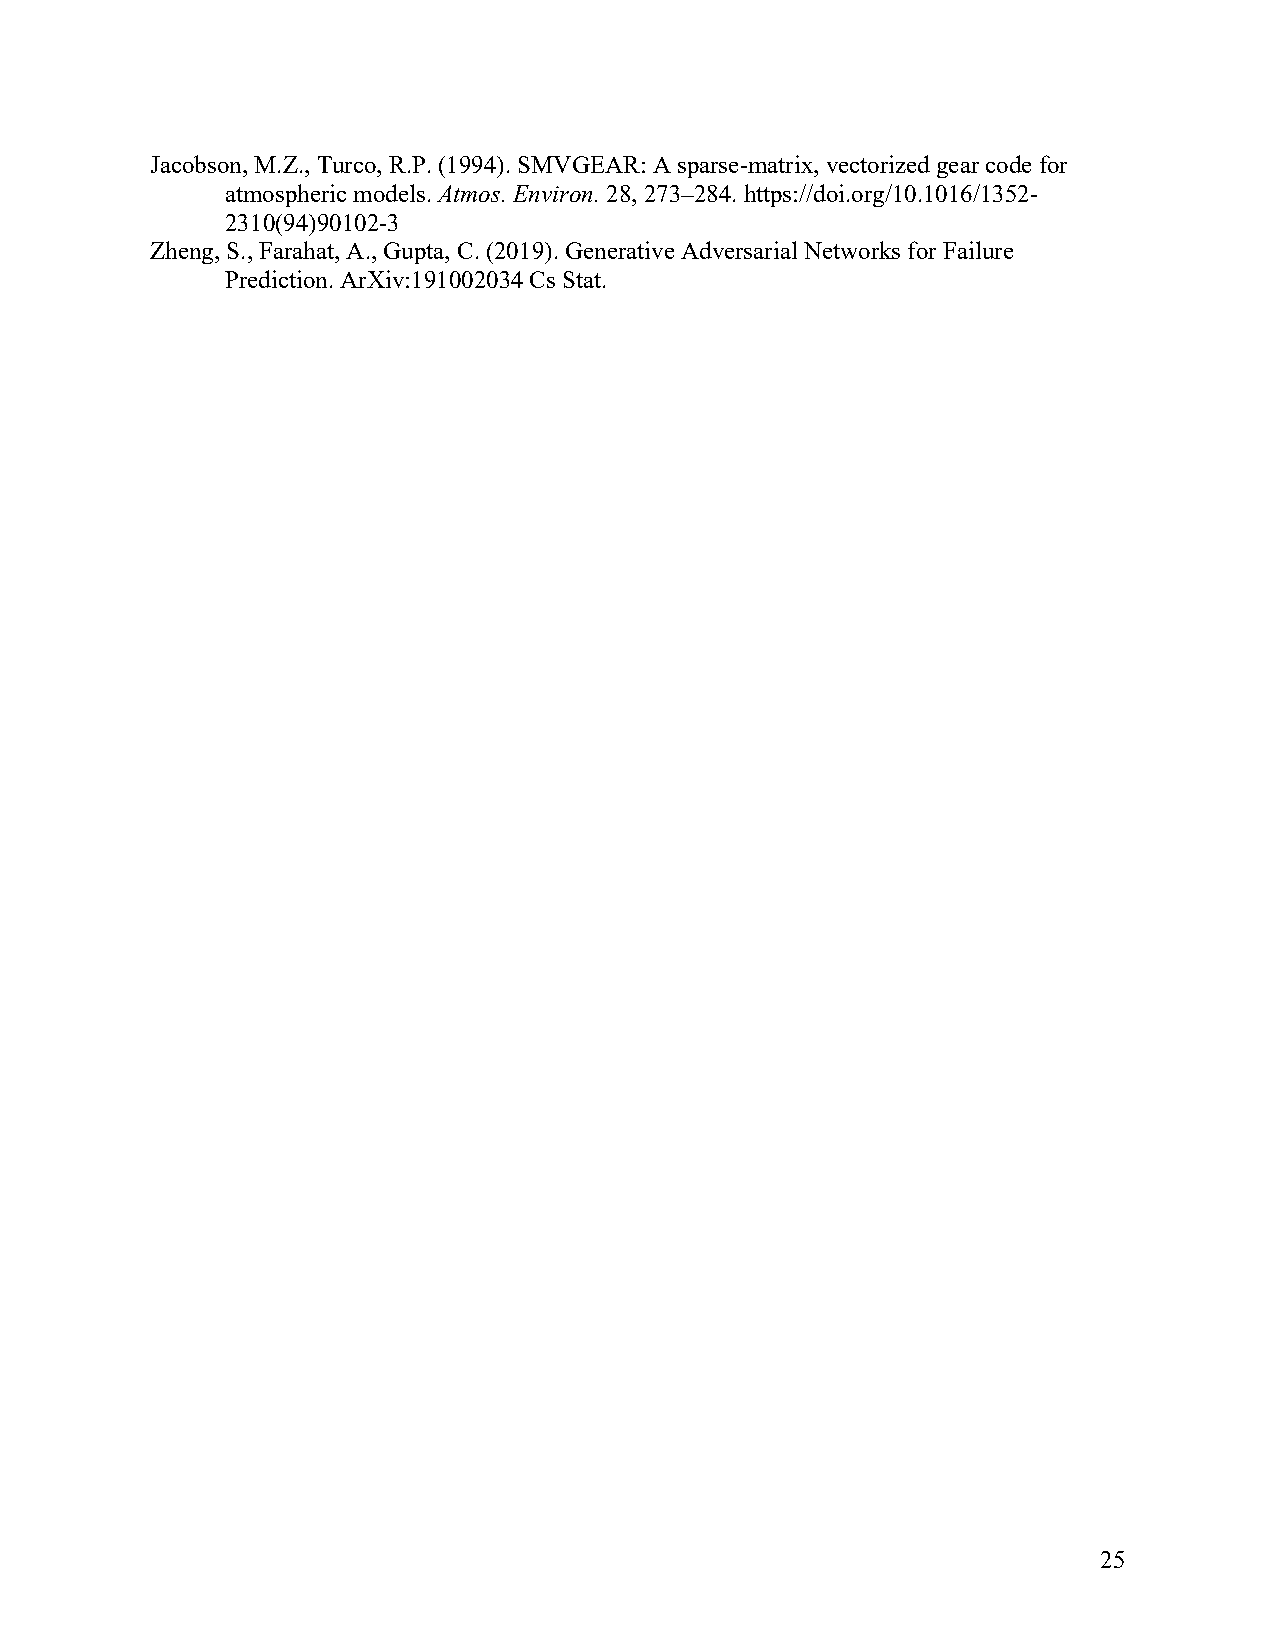
Jacobson, M.Z., Turco, R.P. (1994). SMVGEAR: A sparse-matrix, vectorized gear code for
 atmospheric models. Atmos. Environ. 28, 273–284. https://doi.org/10.1016/1352-
 2310(94)90102-3
 Zheng, S., Farahat, A., Gupta, C. (2019). Generative Adversarial Networks for Failure
 Prediction. ArXiv:191002034 Cs Stat.
 25